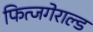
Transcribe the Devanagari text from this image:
फित्जगेराल्ड